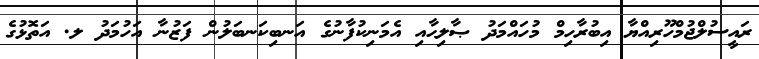
ރައީސުލްޖުމްހޫރިއްޔާ އިބުރާހިމް މުހައްމަދު ޞާލިޙާއި އެމަނިކުފާނުގެ އަނބިކަނބަލުން ފަޒުނާ އަހުމަދު ލ. އަތޮޅުގެ